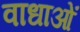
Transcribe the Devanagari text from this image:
वाधाओं